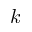
k